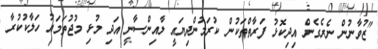
"ޒުވާނުން ނެރެގެން އިދިކޮޅު ފަރާތްތަކުން ކުރަމުންދިޔައީ ލާއިންސާނީ އަދި މުޅި މުޖުތަމައު ހަލާކުކުރާ